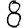
Digit: 8